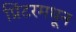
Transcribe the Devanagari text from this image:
प्रिंटरमधून